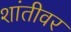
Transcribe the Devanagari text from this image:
शांतीवर